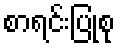
စာရင်းပြုစု